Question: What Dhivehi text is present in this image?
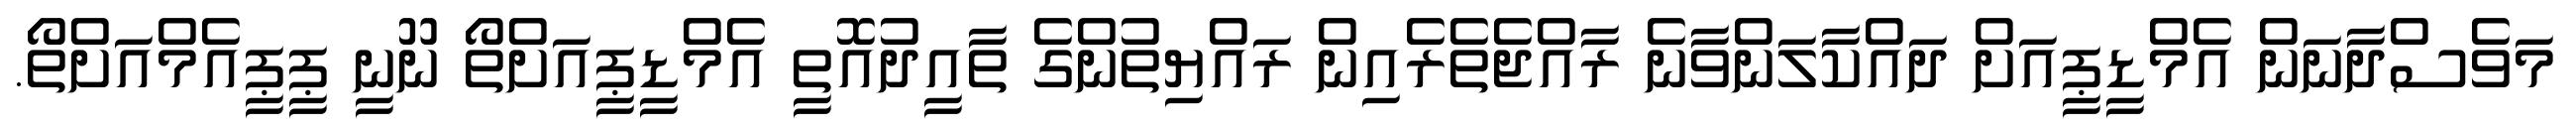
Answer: މަވެސްދާނަން އެމްޑީޕީއަށް ދައްކާލަންވާނެ ރާއްޖެތެރެއިން ރައްޔިތުންގެ ތާއީދުއޮތީ އެމްޑީޕީއަށްތޯ ނޫނީ ޕީޕީއެމްއަށްތޯ.